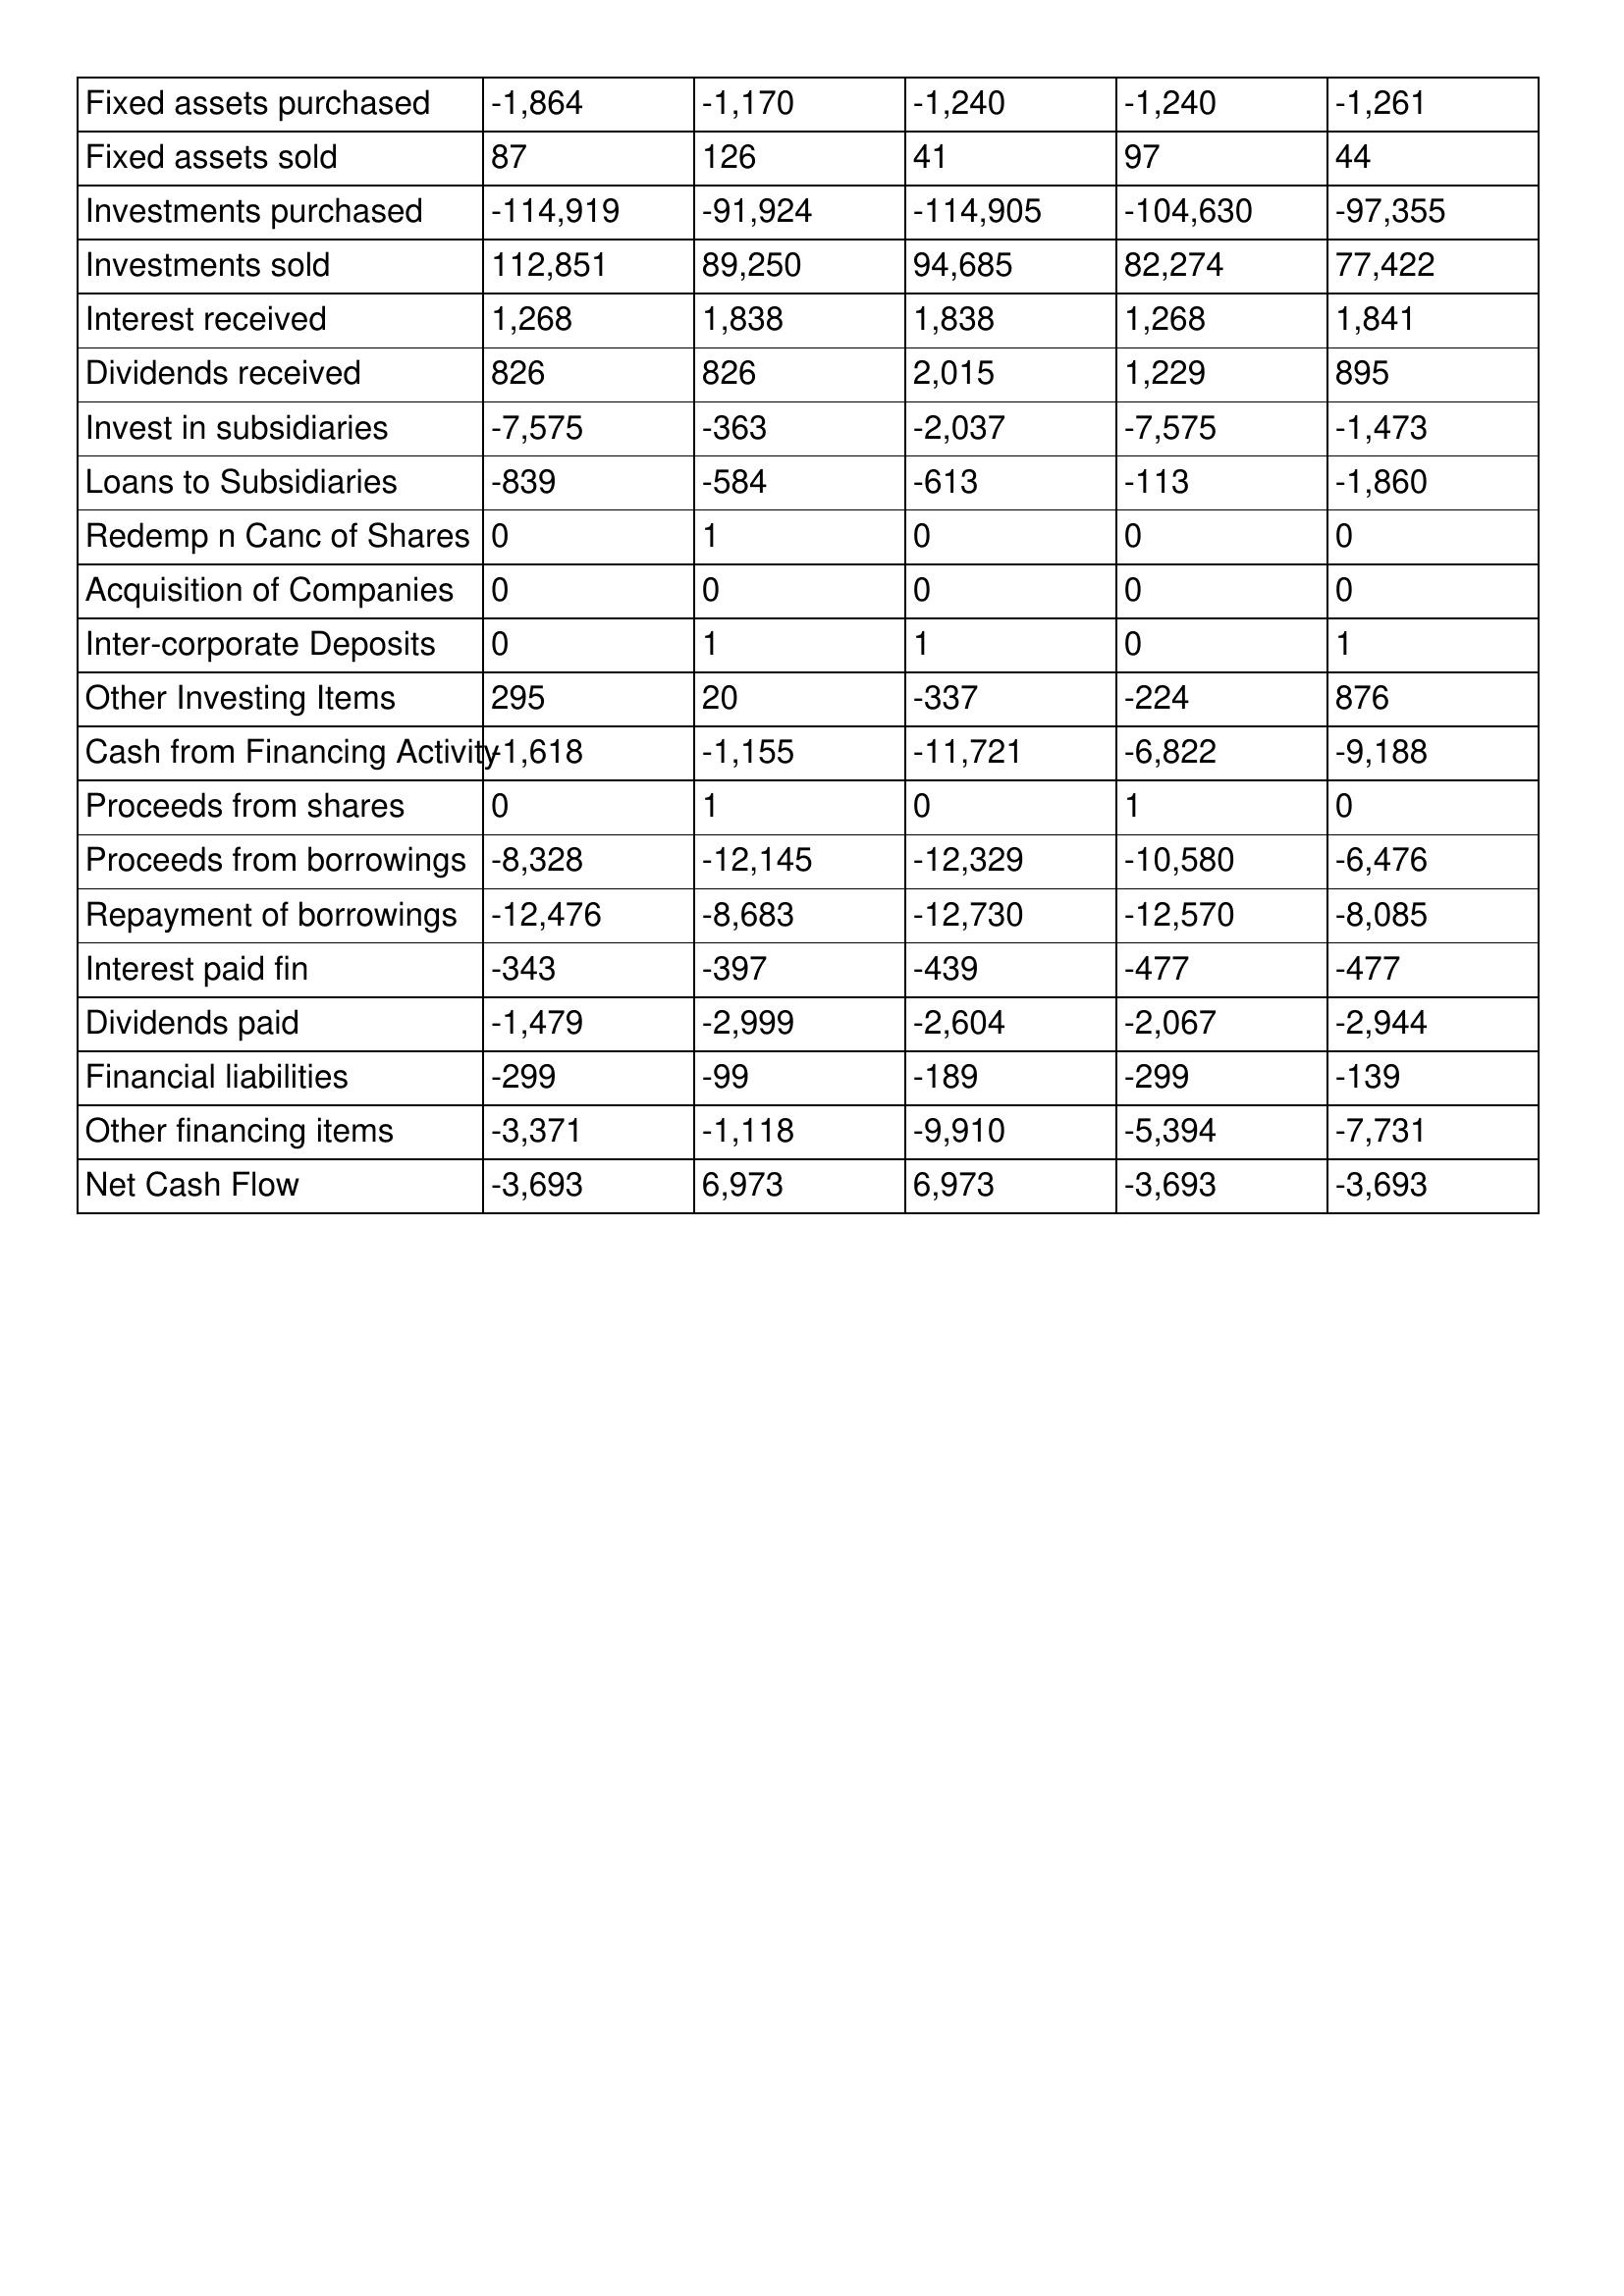
gt_parse: 2007: Cash Flows: Fixed assets purchased: -1,864
Fixed assets sold: 87
Investments purchased: -114,919
Investments sold: 112,851
Interest received: 1,268
Dividends received: 826
Invest in subsidiaries: -7,575
Loans to Subsidiaries: -839
Redemp n Canc of Shares: 0
Acquisition of Companies: 0
Inter-corporate Deposits: 0
Other Investing Items: 295
Cash from Financing Activity: -1,618
Proceeds from shares: 0
Proceeds from borrowings: -8,328
Repayment of borrowings: -12,476
Interest paid fin: -343
Dividends paid: -1,479
Financial liabilities: -299
Other financing items: -3,371
Net Cash Flow: -3,693
2006: Cash Flows: Fixed assets purchased: -1,170
Fixed assets sold: 126
Investments purchased: -91,924
Investments sold: 89,250
Interest received: 1,838
Dividends received: 826
Invest in subsidiaries: -363
Loans to Subsidiaries: -584
Redemp n Canc of Shares: 1
Acquisition of Companies: 0
Inter-corporate Deposits: 1
Other Investing Items: 20
Cash from Financing Activity: -1,155
Proceeds from shares: 1
Proceeds from borrowings: -12,145
Repayment of borrowings: -8,683
Interest paid fin: -397
Dividends paid: -2,999
Financial liabilities: -99
Other financing items: -1,118
Net Cash Flow: 6,973
2005: Cash Flows: Fixed assets purchased: -1,240
Fixed assets sold: 41
Investments purchased: -114,905
Investments sold: 94,685
Interest received: 1,838
Dividends received: 2,015
Invest in subsidiaries: -2,037
Loans to Subsidiaries: -613
Redemp n Canc of Shares: 0
Acquisition of Companies: 0
Inter-corporate Deposits: 1
Other Investing Items: -337
Cash from Financing Activity: -11,721
Proceeds from shares: 0
Proceeds from borrowings: -12,329
Repayment of borrowings: -12,730
Interest paid fin: -439
Dividends paid: -2,604
Financial liabilities: -189
Other financing items: -9,910
Net Cash Flow: 6,973
2004: Cash Flows: Fixed assets purchased: -1,240
Fixed assets sold: 97
Investments purchased: -104,630
Investments sold: 82,274
Interest received: 1,268
Dividends received: 1,229
Invest in subsidiaries: -7,575
Loans to Subsidiaries: -113
Redemp n Canc of Shares: 0
Acquisition of Companies: 0
Inter-corporate Deposits: 0
Other Investing Items: -224
Cash from Financing Activity: -6,822
Proceeds from shares: 1
Proceeds from borrowings: -10,580
Repayment of borrowings: -12,570
Interest paid fin: -477
Dividends paid: -2,067
Financial liabilities: -299
Other financing items: -5,394
Net Cash Flow: -3,693
2003: Cash Flows: Fixed assets purchased: -1,261
Fixed assets sold: 44
Investments purchased: -97,355
Investments sold: 77,422
Interest received: 1,841
Dividends received: 895
Invest in subsidiaries: -1,473
Loans to Subsidiaries: -1,860
Redemp n Canc of Shares: 0
Acquisition of Companies: 0
Inter-corporate Deposits: 1
Other Investing Items: 876
Cash from Financing Activity: -9,188
Proceeds from shares: 0
Proceeds from borrowings: -6,476
Repayment of borrowings: -8,085
Interest paid fin: -477
Dividends paid: -2,944
Financial liabilities: -139
Other financing items: -7,731
Net Cash Flow: -3,693